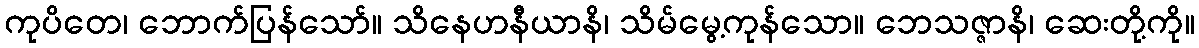
ကုပိတေ၊ ဘောက်ပြန်သော်။ သိနေဟနီယာနိ၊ သိမ်မွေ့ကုန်သော။ ဘေသဇ္ဇာနိ၊ ဆေးတို့ကို။